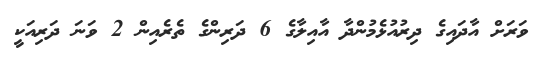
ވަރަށް އާދައިގެ ދިރުއުޅެމުންދާ އާއިލާގެ 6 ދަރިންގެ ތެރެއިން 2 ވަނަ ދަރިއަކީ